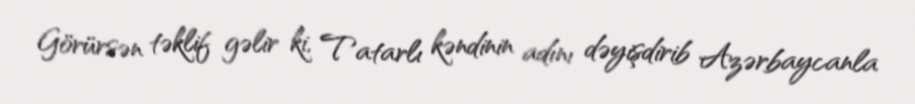
Görürsən təklif gəlir ki, Tatarlı kəndinin adını dəyişdirib Azərbaycanla